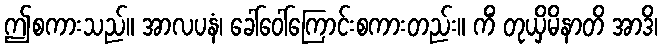
ဤစကားသည်။ အာလပနံ၊ ခေါ်ဝေါ်ကြောင်းစကားတည်း။ ကိံ တုယှိမိနာတိ အာဒိ၊